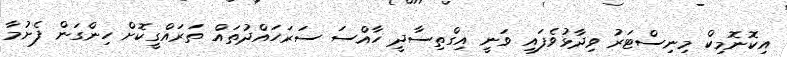
އިކޮނޮމިކް މިނިސްޓަރު ވިދާޅުވެފައި ވަނީ އިގްތިސާދީ ހާއްސަ ސަރަހައްދުތައް ތަރައްގީކޮށް ހިންގަން ފެށުމާ